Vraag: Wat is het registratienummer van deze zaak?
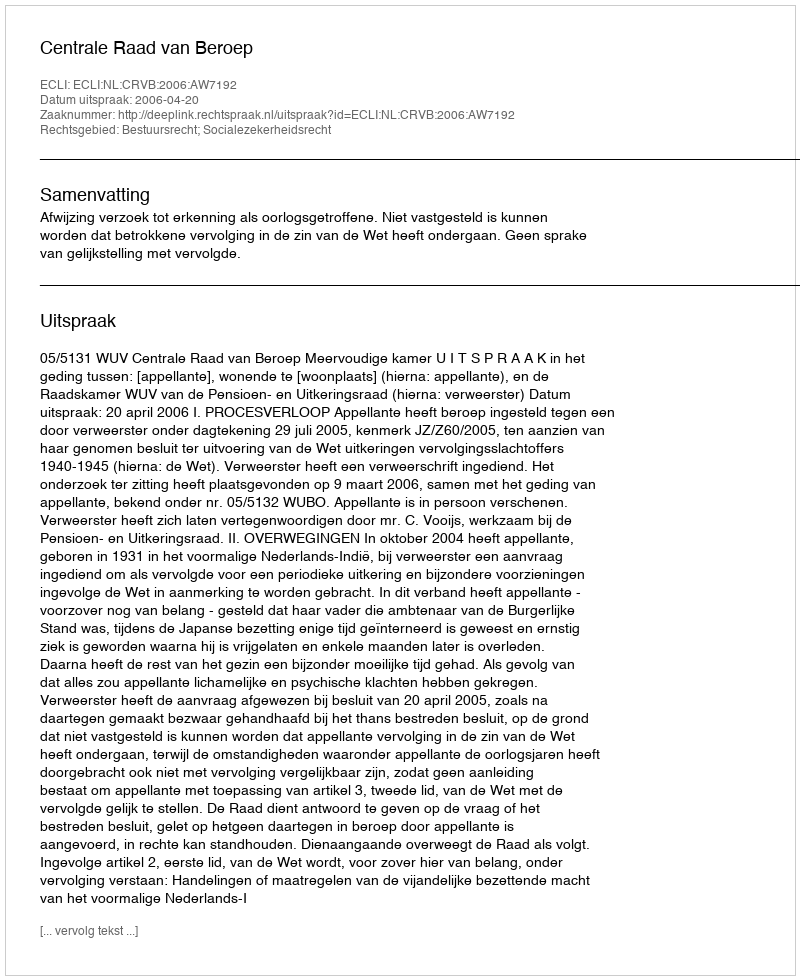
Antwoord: http://deeplink.rechtspraak.nl/uitspraak?id=ECLI:NL:CRVB:2006:AW7192